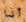
أنا